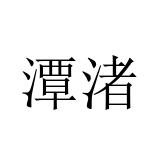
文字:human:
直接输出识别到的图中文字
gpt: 潭渚